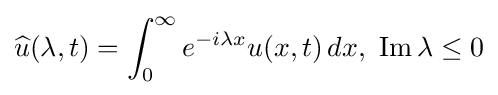
{\widehat {u}}(\lambda ,t)=\int _{0}^{\infty }e^{-i\lambda x}u(x,t)\,dx,\ \operatorname {Im} \lambda \leq 0